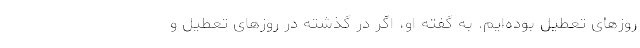
روزهای تعطیل بوده‌ایم. به گفته او، اگر در گذشته در روزهای تعطیل و